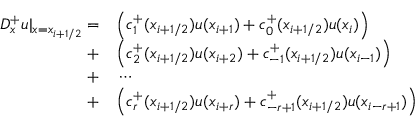
\begin{array} { r l } { D _ { x } ^ { + } u | _ { x = x _ { i + 1 / 2 } } = } & { { } \Big ( c _ { 1 } ^ { + } ( x _ { i + 1 / 2 } ) u ( x _ { i + 1 } ) + c _ { 0 } ^ { + } ( x _ { i + 1 / 2 } ) u ( x _ { i } ) \Big ) } \\ { + } & { { } \Big ( c _ { 2 } ^ { + } ( x _ { i + 1 / 2 } ) u ( x _ { i + 2 } ) + c _ { - 1 } ^ { + } ( x _ { i + 1 / 2 } ) u ( x _ { i - 1 } ) \Big ) } \\ { + } & { { } \cdots } \\ { + } & { { } \Big ( c _ { r } ^ { + } ( x _ { i + 1 / 2 } ) u ( x _ { i + r } ) + c _ { - r + 1 } ^ { + } ( x _ { i + 1 / 2 } ) u ( x _ { i - r + 1 } ) \Big ) } \end{array}